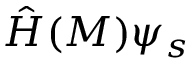
{ \hat { H } } ( M ) \psi _ { s }